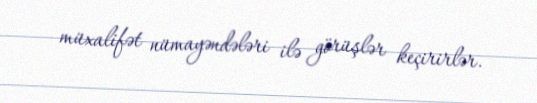
müxalifət nümayəndələri ilə görüşlər keçirirlər.